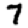
Digit: 7